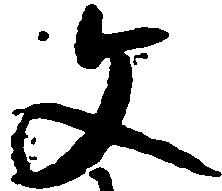
文